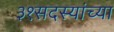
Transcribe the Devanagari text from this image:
३१सदस्यांच्या